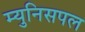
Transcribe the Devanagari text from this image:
म्युनिसपल